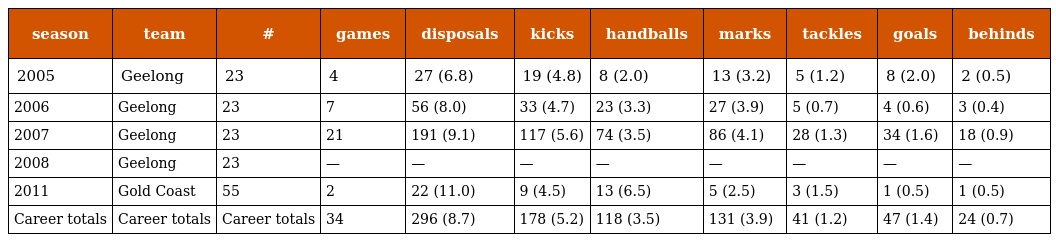
| season | team | # | games | disposals | kicks | handballs | marks | tackles | goals | behinds |
 | --- | --- | --- | --- | --- | --- | --- | --- | --- | --- | --- |
 | 2005 | Geelong | 23 | 4 | 27 (6.8) | 19 (4.8) | 8 (2.0) | 13 (3.2) | 5 (1.2) | 8 (2.0) | 2 (0.5) |
 | 2006 | Geelong | 23 | 7 | 56 (8.0) | 33 (4.7) | 23 (3.3) | 27 (3.9) | 5 (0.7) | 4 (0.6) | 3 (0.4) |
 | 2007 | Geelong | 23 | 21 | 191 (9.1) | 117 (5.6) | 74 (3.5) | 86 (4.1) | 28 (1.3) | 34 (1.6) | 18 (0.9) |
 | 2008 | Geelong | 23 | — | — | — | — | — | — | — | — |
 | 2011 | Gold Coast | 55 | 2 | 22 (11.0) | 9 (4.5) | 13 (6.5) | 5 (2.5) | 3 (1.5) | 1 (0.5) | 1 (0.5) |
 | Career totals | Career totals | Career totals | 34 | 296 (8.7) | 178 (5.2) | 118 (3.5) | 131 (3.9) | 41 (1.2) | 47 (1.4) | 24 (0.7) |